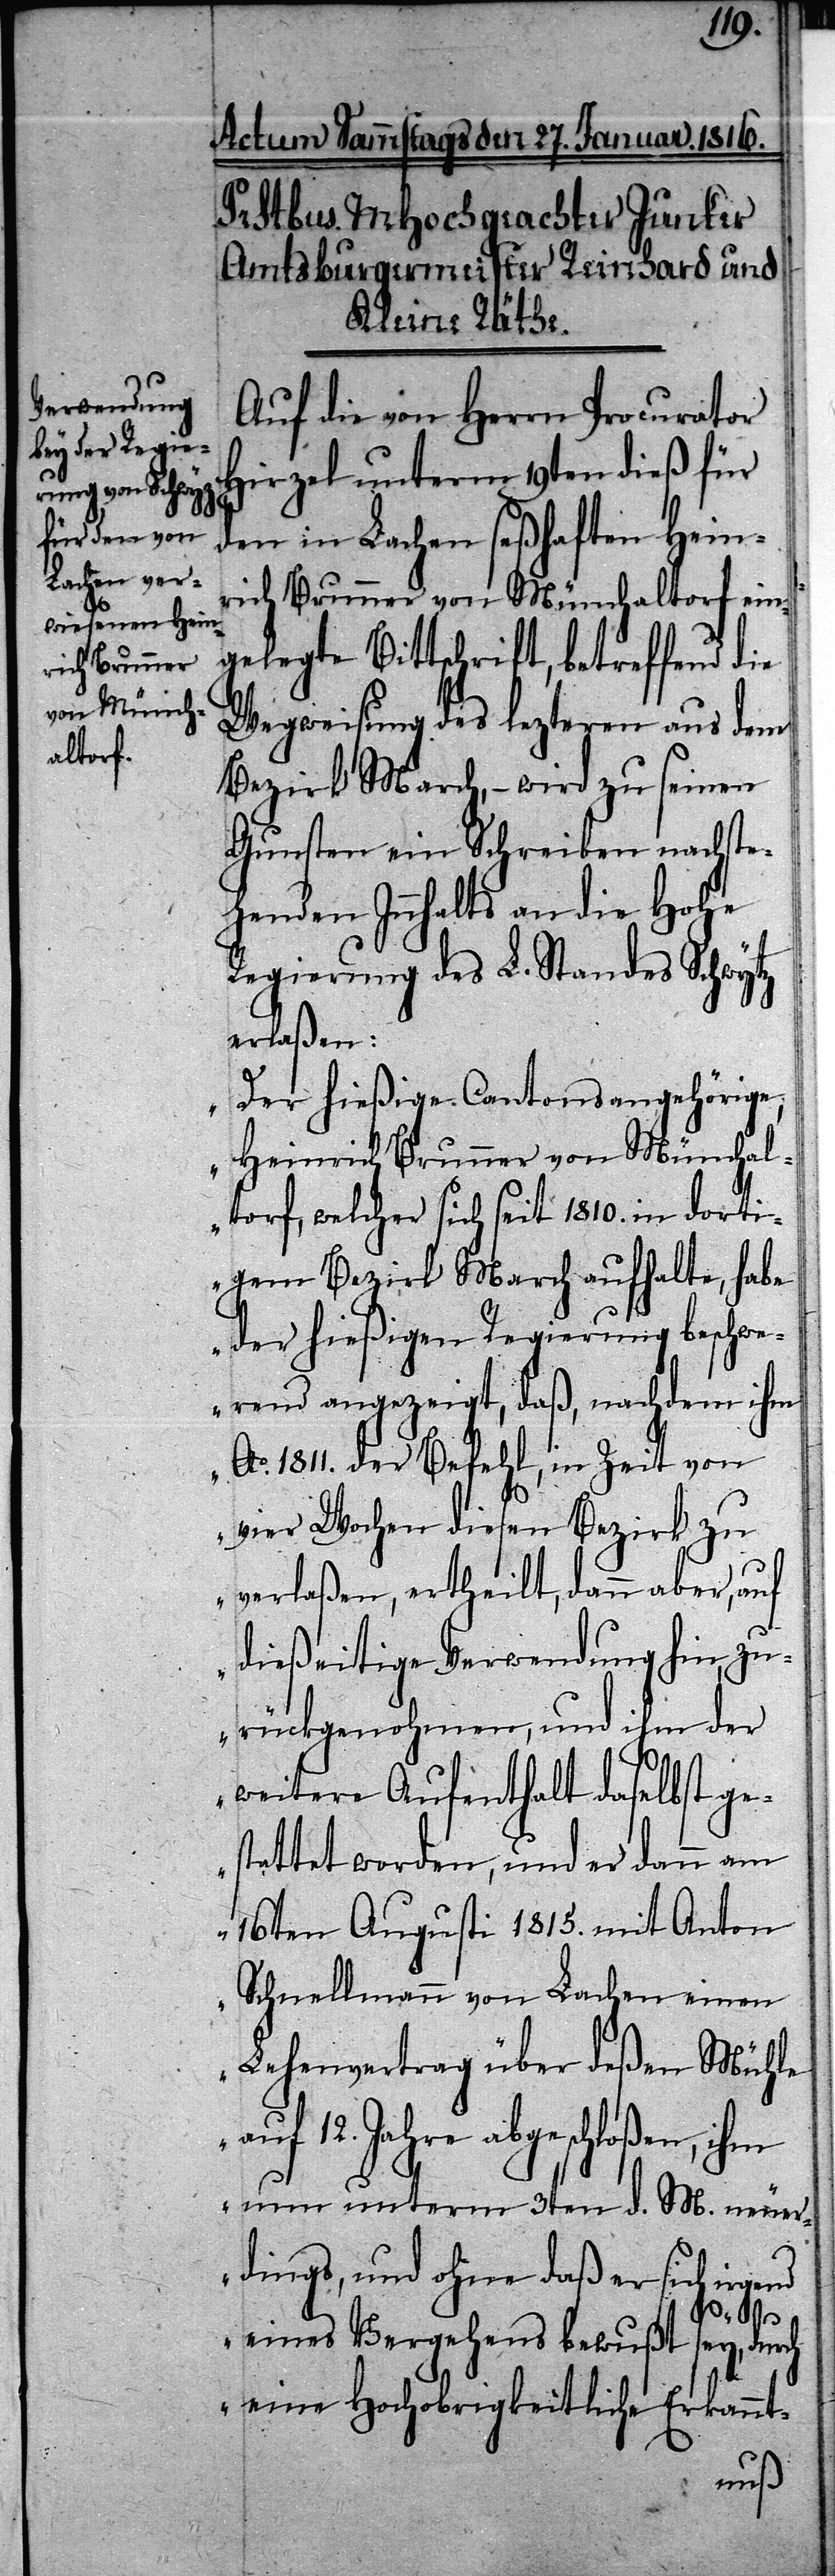
Auf die von Herrn Procurator
Hirzel unterm 19ten dieß für
den in Lachen seßhaften Hein¬
rich Brunner von Münchaltorf ein¬
gelegte Bittschrift, betreffend die
Wegweisung des lezteren aus dem
Bezirk March, – wird zu seinen
Gunsten ein Schreiben nachste¬
henden Innhalts an die Hohe
Regierung des L. Standes Schwytz
erlaßen:
„Der hießige Cantonsangehörige,
Heinrich Brunner von Münchal¬
torf, welcher sich seit 1810. in dorti¬
gem Bezirk March aufhalte, habe
der hießigen Regierung beschwe¬
rend angezeigt, daß, nachdem ihm
Ao. 1811. der Befehl, in Zeit von
vier Wochen diesen Bezirk zu
verlaßen, ertheilt, dann aber, auf
dießseitige Verwendung hin, zu¬
rückgenohmen, und ihm der
weitere Aufenthalt daselbst ge¬
stattet worden, und er dann am
16ten Augusti 1815. mit Anton
Schnellmann von Lachen einen
Lehenvertrag über deßen Mühle
auf 12. Jahre abgeschloßen, ihm
nun unterm 3ten d. M. neuer¬
dings, und ohne daß er sich irge¬
eines Vergehens bewußt sey, durch
nd
eine Hochobrigkeitliche Erkannt-